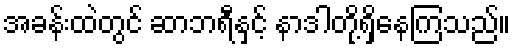
အခန်းထဲတွင် ဆာဘရီနှင့် နာဒါတို့ရှိနေကြသည်။